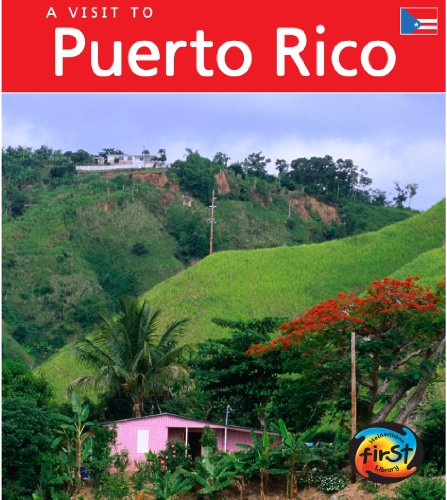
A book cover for Puerto Rico (Visit To...); Leila Merrell Foster; Travel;